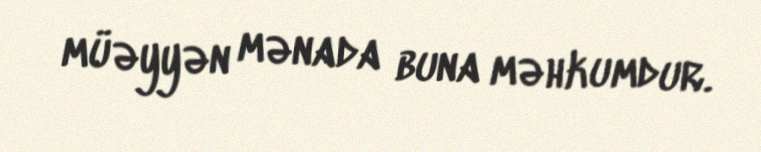
müəyyən mənada buna məhkumdur.